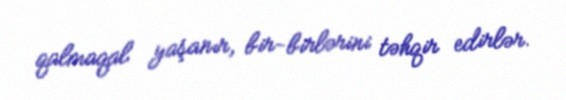
qalmaqal yaşanır, bir-birlərini təhqir edirlər.